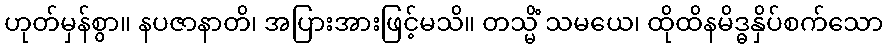
ဟုတ်မှန်စွာ။ နပဇာနာတိ၊ အပြားအားဖြင့်မသိ။ တသ္မိံ သမယေ၊ ထိုထိနမိဒ္ဓနှိပ်စက်သော